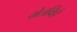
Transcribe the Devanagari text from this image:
मेलविल्ले